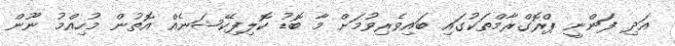
އަދި ފަންނީ ޕްރޮގްރާމްތަކުގައި ބައިވެރިވުމަށް މާ ބޮޑު ކޮލިފިކޭޝަނެއް އޮތުން މުހިއްމު ނޫން